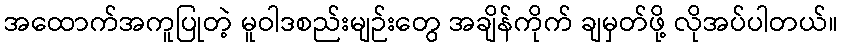
အထောက်အကူပြုတဲ့ မူဝါဒစည်းမျဉ်းတွေ အချိန်ကိုက် ချမှတ်ဖို့ လိုအပ်ပါတယ်။